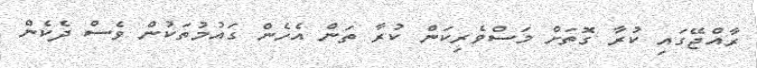
ރާއްޖޭގައި ކުރާ ގޮތަށް މަސްވެރިކަން ކުރާ ތަން އެހެން ގައުމުތަކުން ވެސް ދެކެން